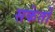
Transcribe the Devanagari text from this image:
सकेतों